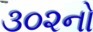
૩૦૨નો